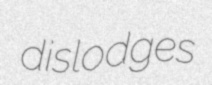
dislodges